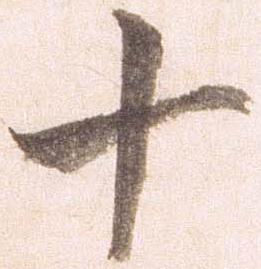
十